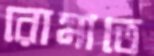
রোমাতে